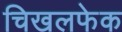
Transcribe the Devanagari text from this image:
चिखलफेक